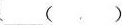
___（ ）